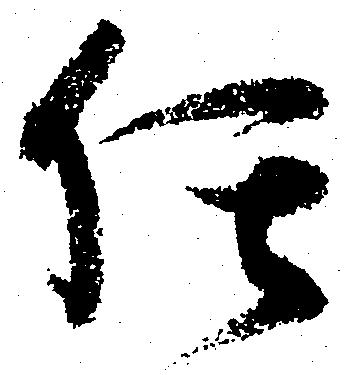
任